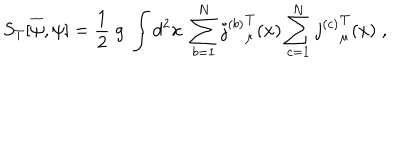
S _ { T } [ \overline { { { \psi } } } , \psi ] = \frac { 1 } { 2 } \; g \; \int d ^ { 2 } x \; \sum _ { b = 1 } ^ { N } { j ^ { ( b ) } } _ { \mu } ^ { T } ( x ) \sum _ { c = 1 } ^ { N } { j ^ { ( c ) } } _ { \mu } ^ { T } ( x ) \; ,